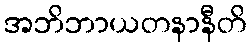
အဘိဘာယတနာနီတိ